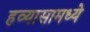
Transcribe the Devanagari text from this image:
हव्यासामध्ये